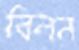
বিলন